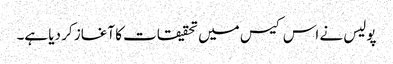
پولیس نے اس کیس میں تحقیقات کا آغاز کر دیا ہے۔